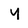
Character: y